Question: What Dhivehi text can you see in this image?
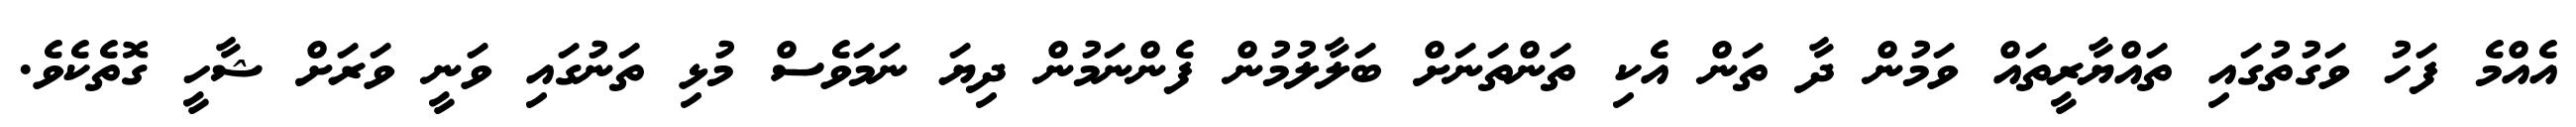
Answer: އެއްމެ ފަހު ވަގުތުގައި ތައްޔާރީތައް ވަމުން ދާ ތަން އެކި ތަންތަނަށް ބަލާލުމުން ފެންނަމުން ދިޔަ ނަމަވެސް މުޅި ތަނުގައި ވަނީ ވަރަށް ޝާހީ ގޮތެކެވެ.